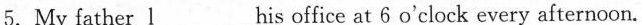
5.My father \underline{I} his office at 6 o'clock every afternoon.